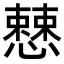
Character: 𢣱